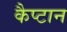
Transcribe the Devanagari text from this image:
कैप्टान